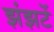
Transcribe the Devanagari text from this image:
झंझटें